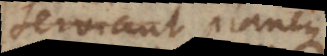
serviant, neque